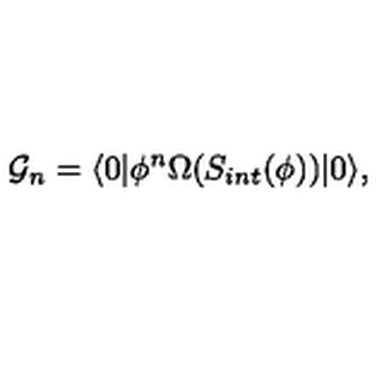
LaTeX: { \cal G } _ { n } = \langle 0 | \phi ^ { n } \Omega ( S _ { i n t } ( \phi ) ) | 0 \rangle ,